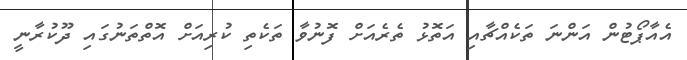
އެއާޕޯޓުން އަންނަ ތަކެއްޗާއި އަތޮޅު ތެރެއަށް ފޮނުވާ ތަކެތި ކުރިއަށް އޮތްތަނުގައި ދޫކުރާނީ